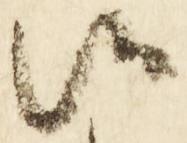
候